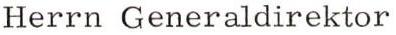
Herrn Generaldirektor